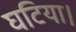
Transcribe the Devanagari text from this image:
घटिया।